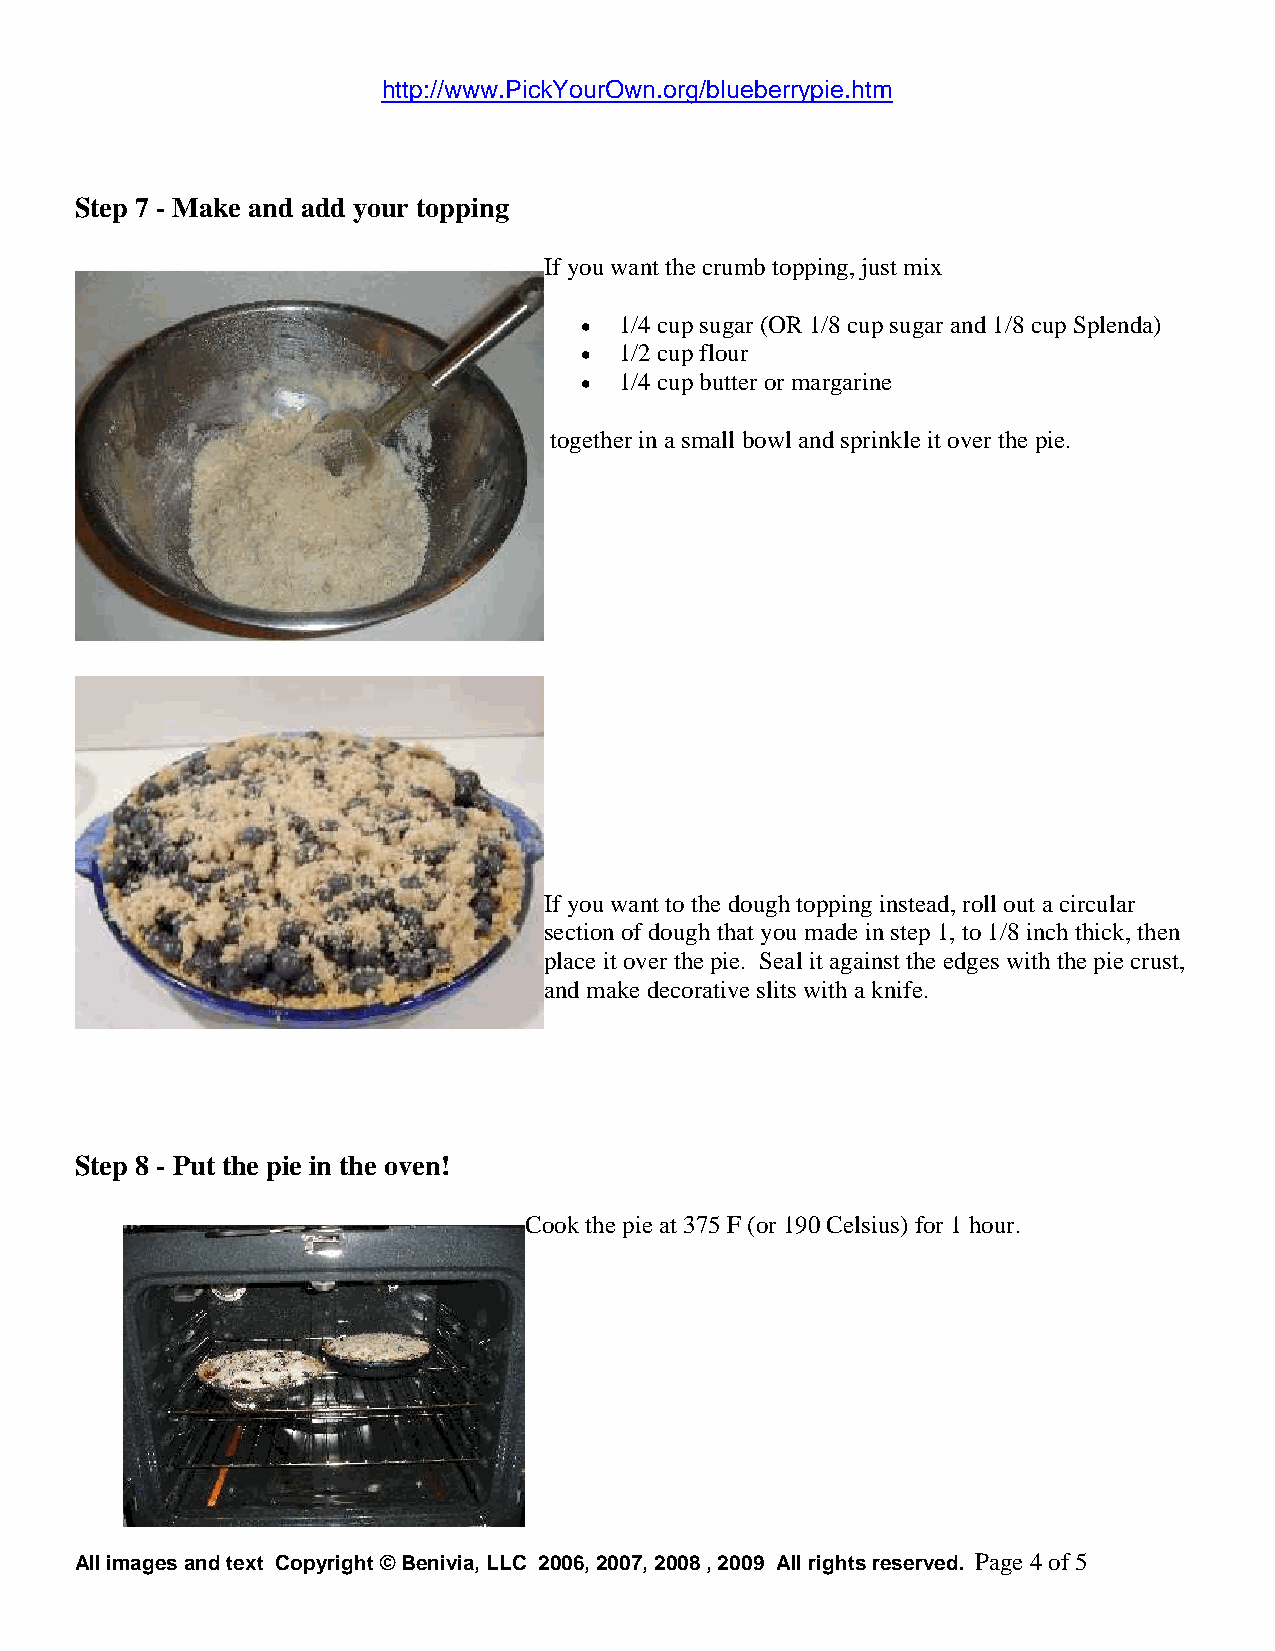
http://www.PickYourOwn.org/blueberrypie.htm
 Step 7 - Make and add your topping
 If you want the crumb topping, just mix
   1/4 cup sugar (OR 1/8 cup sugar and 1/8 cup Splenda)
   1/2 cup flour
   1/4 cup butter or margarine
 together in a small bowl and sprinkle it over the pie.
 If you want to the dough topping instead, roll out a circular
 section of dough that you made in step 1, to 1/8 inch thick, then
 place it over the pie. Seal it against the edges with the pie crust,
 and make decorative slits with a knife.
 Step 8 - Put the pie in the oven!
 Cook the pie at 375 F (or 190 Celsius) for 1 hour.
 All images and text Copyright © Benivia, LLC 2006, 2007, 2008 , 2009 All rights reserved. Page 4of 5